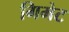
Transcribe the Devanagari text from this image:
गिमेट